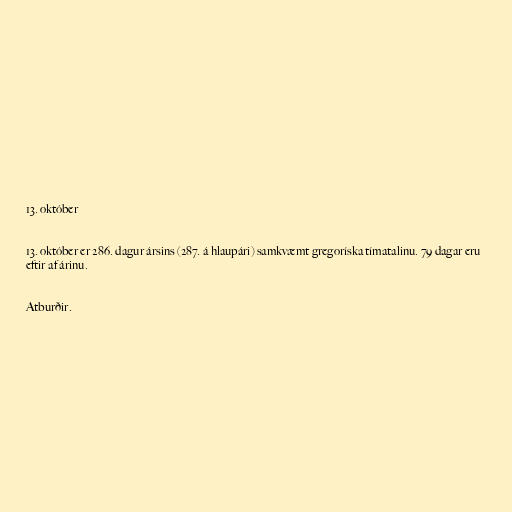
13. október

13. október er 286. dagur ársins (287. á hlaupári) samkvæmt gregoríska tímatalinu. 79 dagar eru
eftir af árinu.

Atburðir.